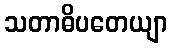
သတာဓိပတေယျာ